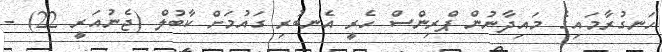
ހަނގުރާމައިގެ މައިދާނުން ޕްރިންސް ހެރީ އެނބުރި ގައުމަށް ކާބުލް (ޖެނުއަރީ 22) -